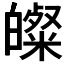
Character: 𭽢